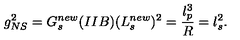
g _ { N S } ^ { 2 } = G _ { s } ^ { n e w } ( I I B ) ( L _ { s } ^ { n e w } ) ^ { 2 } = \frac { l _ { p } ^ { 3 } } { R } = l _ { s } ^ { 2 } .